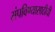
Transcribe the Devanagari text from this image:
संपविण्यासाठीची